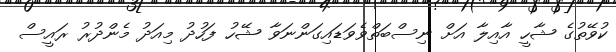
ކުވޭތުގެ ޝާހީ އާއިލާ އަށް ނިސްބަތްވެވަޑައިގަންނަވާ ޝޭހު ފަހުދު މިއަދު މެންދުރު ރައީސް